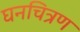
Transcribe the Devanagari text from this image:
घनचित्रण